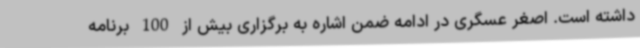
داشته است. اصغر عسگری در ادامه ضمن اشاره به برگزاری بیش از 100 برنامه